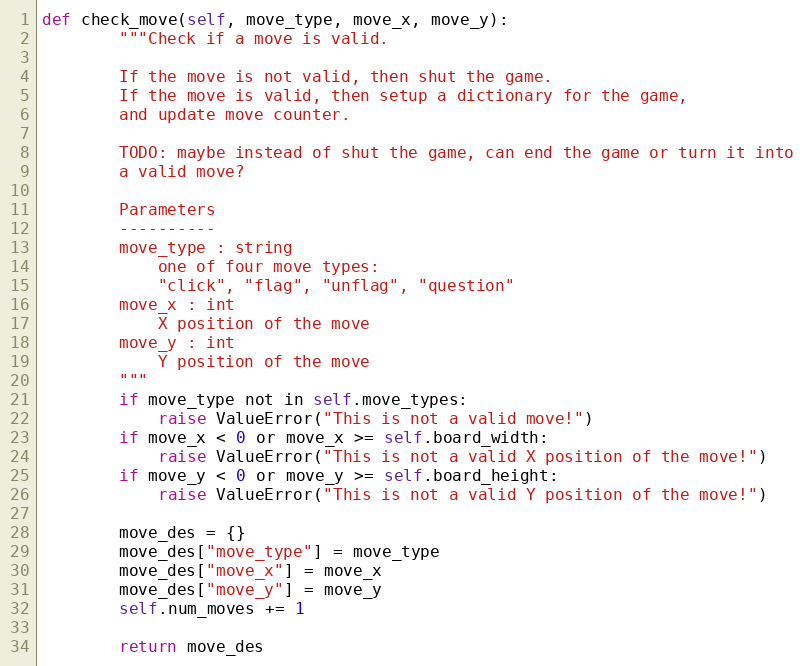
Language: Python
def check_move(self, move_type, move_x, move_y):
        """Check if a move is valid.

        If the move is not valid, then shut the game.
        If the move is valid, then setup a dictionary for the game,
        and update move counter.

        TODO: maybe instead of shut the game, can end the game or turn it into
        a valid move?

        Parameters
        ----------
        move_type : string
            one of four move types:
            "click", "flag", "unflag", "question"
        move_x : int
            X position of the move
        move_y : int
            Y position of the move
        """
        if move_type not in self.move_types:
            raise ValueError("This is not a valid move!")
        if move_x < 0 or move_x >= self.board_width:
            raise ValueError("This is not a valid X position of the move!")
        if move_y < 0 or move_y >= self.board_height:
            raise ValueError("This is not a valid Y position of the move!")

        move_des = {}
        move_des["move_type"] = move_type
        move_des["move_x"] = move_x
        move_des["move_y"] = move_y
        self.num_moves += 1

        return move_des